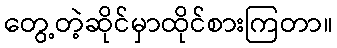
တွေ့တဲ့ဆိုင်မှာထိုင်စားကြတာ။